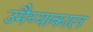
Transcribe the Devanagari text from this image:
उमैय्याकाल